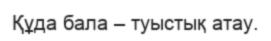
Құда бала – туыстық атау.